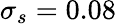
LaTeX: \sigma_{s}=0.08